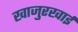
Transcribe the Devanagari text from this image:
खाजुरखाई